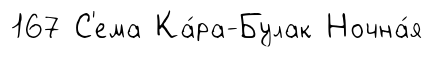
167 С'ема Ка́ра-Булак Ночна́я